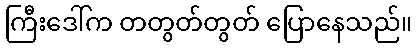
ကြီးဒေါ်က တတွတ်တွတ် ပြောနေသည်။